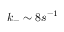
k _ { - } \sim 8 s ^ { - 1 }